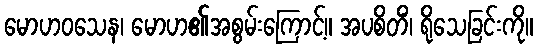
မောဟဝသေန၊ မောဟ၏အစွမ်းကြောင့်။ အပစိတိံ၊ ရိုသေခြင်းကို။